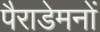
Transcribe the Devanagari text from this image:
पैराडेमनों